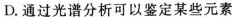
D.通过光谱分析可以鉴定某些元素